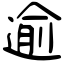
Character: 逾